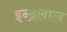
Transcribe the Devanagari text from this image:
इन्द्रलाल